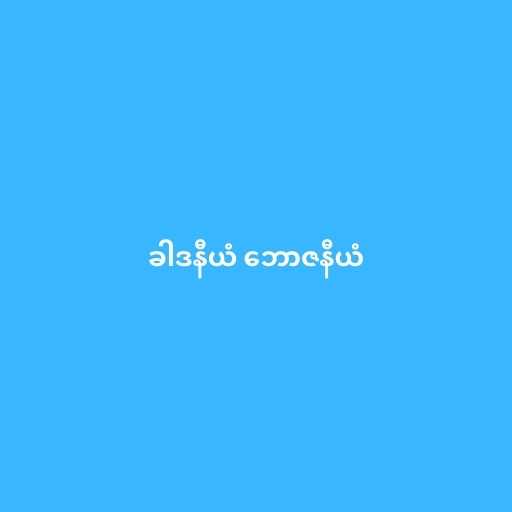
ခါဒနီယံ ဘောဇနီယံ